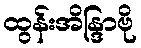
ထွန်းအိန္ဒြာဗို